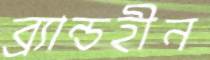
ব্র্যান্ডহীন